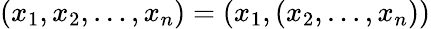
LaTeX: (x_{1},x_{2},\ldots,x_{n})=(x_{1},(x_{2},\ldots,x_{n}))